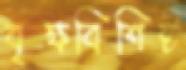
বৃক্ষবিশিষ্ট